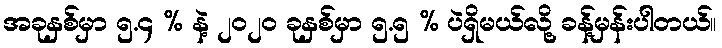
အခုနှစ်မှာ ၅.၄ % နဲ့ ၂၀၂၀ ခုနှစ်မှာ ၅.၅ % ပဲရှိမယ်လို့ ခန့်မှန်းပါတယ်။